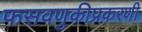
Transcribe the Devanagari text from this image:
फसवणुकीप्रकरणी